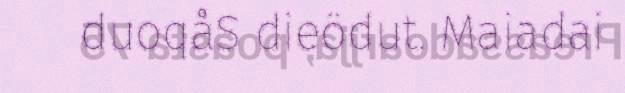
duoqåS dieödut. Maiadai